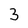
Character: 3